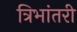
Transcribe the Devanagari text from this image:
त्रिभांतरी